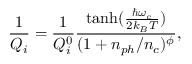
\frac { 1 } { Q _ { i } } = \frac { 1 } { Q _ { i } ^ { 0 } } \frac { \mathrm { t a n h } ( \frac { \hbar \omega _ { c } } { 2 k _ { B } T } ) } { ( { 1 + n _ { p h } / n _ { c } } ) ^ { \phi } } ,